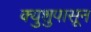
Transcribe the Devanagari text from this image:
क्युशुपासून